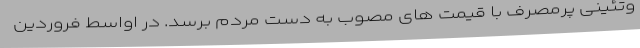
وتئینی پرمصرف با قیمت های مصوب به دست مردم برسد. در اواسط فروردین